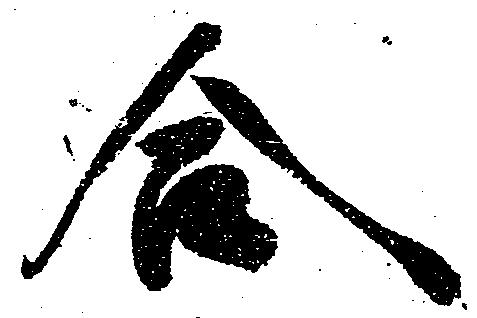
合